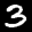
Label: 3